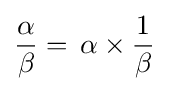
{\frac {\alpha }{\beta }}=\,{\alpha }\times {\frac {1}{\beta }}